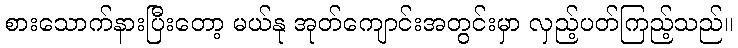
စားသောက်နားပြီးတော့ မယ်နု အုတ်ကျောင်းအတွင်းမှာ လှည့်ပတ်ကြည့်သည်။